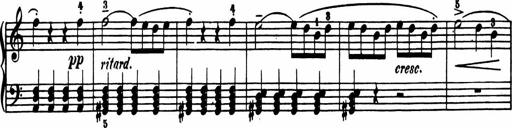
Title: 11 Sonatinas for Piano Solo
Composer: Anton Diabelli